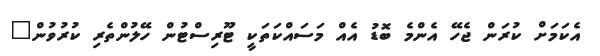
އެކަމަށް ކުރަން ޖެހޭ އެންމެ ބޮޑު އެއް މަސައްކަތަކީ ޓޫރިސްޓުން ހޭލުންތެރި ކުރުވުން"